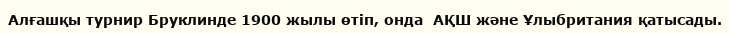
Алғашқы турнир Бруклинде 1900 жылы өтіп, онда  АҚШ және Ұлыбритания қатысады.